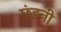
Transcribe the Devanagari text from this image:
छंडनी